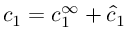
c _ { 1 } = c _ { 1 } ^ { \infty } + \hat { c } _ { 1 }